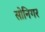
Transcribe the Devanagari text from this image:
सोनिगर